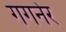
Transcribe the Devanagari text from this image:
गगनेर